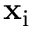
\mathbf { x } _ { \mathrm { i } }